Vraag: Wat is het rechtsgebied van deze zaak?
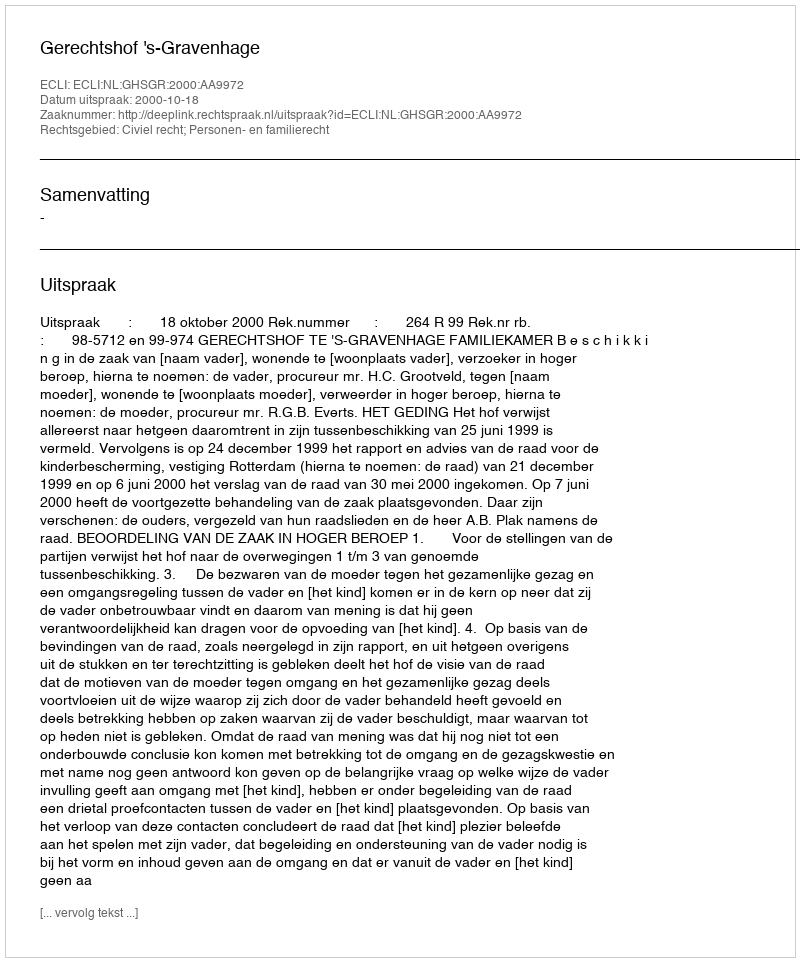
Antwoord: Civiel recht; Personen- en familierecht